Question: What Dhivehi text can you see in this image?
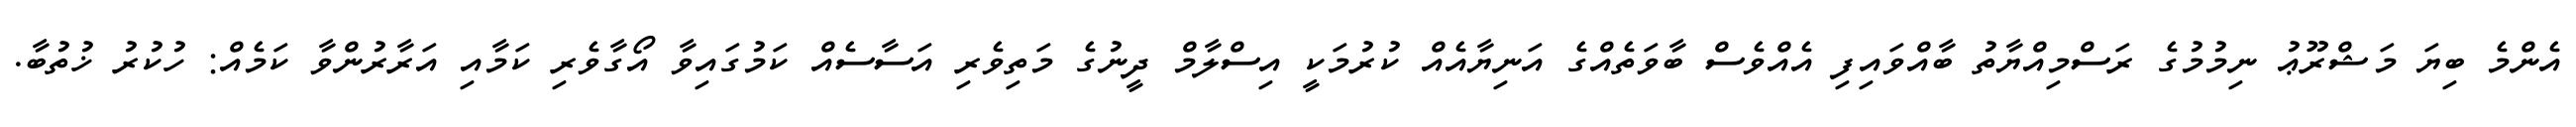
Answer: އެންމެ ބިޔަ މަޝްރޫޢު ނިމުމުގެ ރަސްމިއްޔާތު ބާއްވައިފި އެއްވެސް ބާވަތެއްގެ އަނިޔާއެއް ކުރުމަކީ އިސްލާމް ދީނުގެ މަތިވެރި އަސާސެއް ކަމުގައިވާ އޯގާވެރި ކަމާއި އަރާރުންވާ ކަމެއް: ހުކުރު ޚުތުބާ.